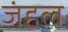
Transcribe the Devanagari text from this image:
जंहल